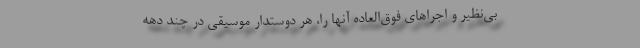
بی‌نظیر و اجراهای فوق‌العاده آنها را، هر دوستدار موسیقی در چند دهه